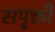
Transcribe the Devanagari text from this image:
संपृक्तौ